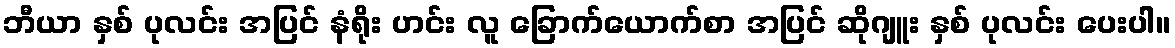
ဘီယာ နှစ် ပုလင်း အပြင် နံရိုး ဟင်း လူ ခြောက်ယောက်စာ အပြင် ဆိုဂျူး နှစ် ပုလင်း ပေးပါ။